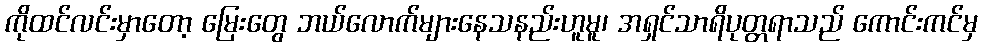
ကိုထင်လင်းမှာတော့ မြေးတွေ ဘယ်လောက်များနေသနည်းဟူမူ၊ အရှင်သာရိပုတ္တရာသည် ကောင်းကင်မှ